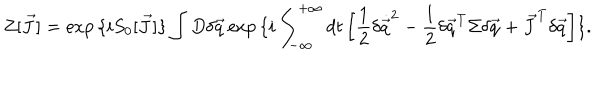
Z [ \vec { J } ] = \exp { \{ i S _ { 0 } [ \vec { J } ] \} } \int D \delta \vec { q } \exp { \{ i \int _ { - \infty } ^ { + \infty } d t \left[ \frac { 1 } { 2 } \delta \dot { \vec { q } } ^ { 2 } - \frac { 1 } { 2 } \delta \vec { q } ^ { T } \Sigma \delta \vec { q } + \vec { J } ^ { T } \delta \vec { q } \right] \} } .